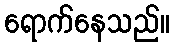
ရောက်နေသည်။